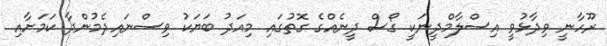
ރޫހާނީ ވިދާޅުވީ އިސްލާމްދީނަކީ ގޯސް ދީނެއްގެ ގޮތުގައި މިއަދު ބަޔަކު ވިސްނައިދެމުންދާ ކަމަށާއި